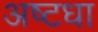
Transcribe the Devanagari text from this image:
अष्टधा